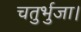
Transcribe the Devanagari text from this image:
चतुर्भुजा।